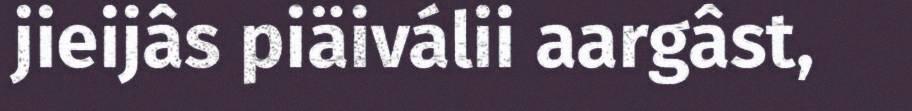
jieijâs piäiválii aargâst,